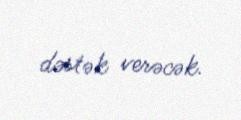
dəstək verəcək.